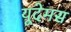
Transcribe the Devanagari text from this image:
यूदेमस